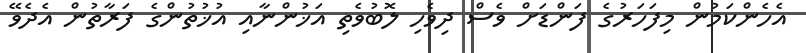
އެހެންކަމުން މިފަހަރުގެ ފަންޑަށް ވެސް ދިވެހި ލޮބުވެތި އަޚުންނާއި އުޚުތުންގެ ފަރާތުން އެދެވޭ